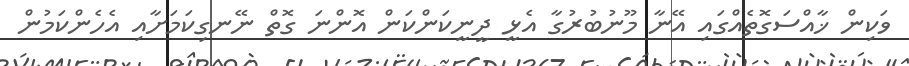
ވަކިން ޚާއްސަގޮތެއްގައި އޭނާ މޫނުބުރުގާ އެޅީ ދީނީކަންކަން އޮންނަ ގޮތް ނޭނގިކަމަށާއި އެހެންކަމުން